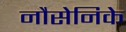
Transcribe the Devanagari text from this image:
नौसेनिके